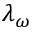
\lambda _ { \omega }